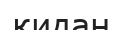
қидан